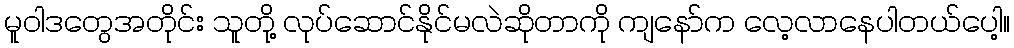
မူဝါဒတွေအတိုင်း သူတို့ လုပ်ဆောင်နိုင်မလဲဆိုတာကို ကျနော်က လေ့လာနေပါတယ်ပေါ့။